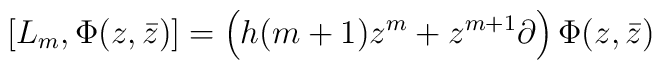
[L_m,\Phi(z,\bar{z})] = \left( h(m+1)z^m +z^{m+1} \partial \right) \Phi(z,\bar{z})